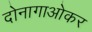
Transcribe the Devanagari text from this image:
दोनागाओकर